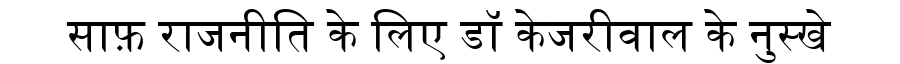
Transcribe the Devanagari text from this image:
साफ़ राजनीति के लिए डॉ केजरीवाल के नुस्खे